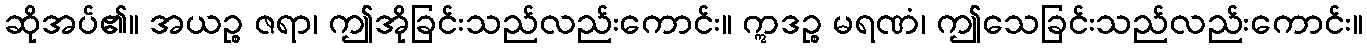
ဆိုအပ်၏။ အယဉ္စ ဇရာ၊ ဤအိုခြင်းသည်လည်းကောင်း။ ဣဒဉ္စ မရဏံ၊ ဤသေခြင်းသည်လည်းကောင်း။